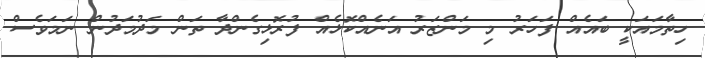
ހިތާމައަކީ ބައެއް ފަހަރު މި މަންޒަރު އަނެއްކޮޅެއް ފުރޮޅިގެންދާ ތަން މަދުމަދުން ނަމަވެސް